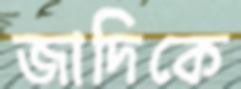
জাদিকে